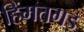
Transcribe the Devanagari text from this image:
हिंमतगड